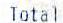
TOTAL